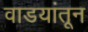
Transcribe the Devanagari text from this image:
वाडयांतून